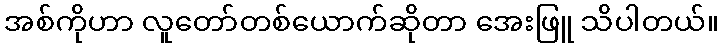
အစ်ကိုဟာ လူတော်တစ်ယောက်ဆိုတာ အေးဖြူ သိပါတယ်။